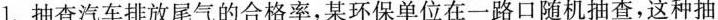
1.抽查汽车排放尾气的合格率，某环保单位在一路口随机抽查，这种抽